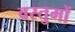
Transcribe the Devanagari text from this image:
वस्तुमों